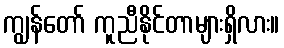
ကျွန်တော် ကူညီနိုင်တာများရှိလား။